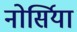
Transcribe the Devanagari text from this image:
नोर्सिया